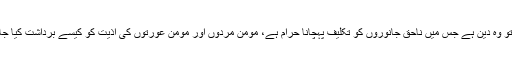
دین اسلام تو وہ دین ہے جس میں ناحق جانوروں کو تکلیف پہچانا حرام ہے، مومن مردوں اور مومن عورتوں کی اذیت کو کیسے برداشت کیا جا سکتا ہے۔